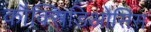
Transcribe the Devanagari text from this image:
कौक्सिडिओसिस